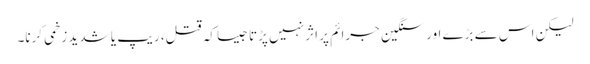
لیکن اس سے بڑے اور سنگین جرائم پر اثر نہیں پڑتا جیسا کہ قتل، ریپ یا شدید زخمی کرنا۔